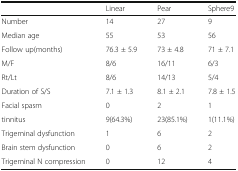
|  | Linear | Pear | Sphere9 |
 | --- | --- | --- | --- |
 | Number | 14 | 27 | 9 |
 | Median age | 55 | 53 | 56 |
 | Follow up(months) | 76.3 ± 5.9 | 73 ± 4.8 | 71 ± 7.1 |
 | M/F | 8/6 | 16/11 | 6/3 |
 | Rt/Lt | 8/6 | 14/13 | 5/4 |
 | Duration of S/S | 7.1 ± 1.3 | 8.1 ± 2.1 | 7.8 ± 1.5 |
 | Facial spasm | 0 | 2 | 1 |
 | tinnitus | 9(64.3%) | 23(85.1%) | 1(11.1%) |
 | Trigeminal dysfunction | 1 | 6 | 2 |
 | Brain stem dysfunction | 0 | 6 | 2 |
 | Trigeminal N compression | 0 | 12 | 4 |